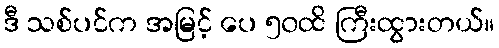
ဒီ သစ်ပင်က အမြင့် ပေ ၅၀ထိ ကြီးထွားတယ်။